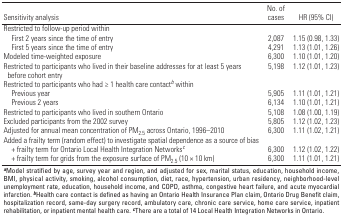
| Sensitivity analysis | No. of cases | HR (95% CI) |
 | --- | --- | --- |
 | Restricted to follow-up period within |  |  |
 | First 2 years since the time of entry | 2,087 | 1.15 (0.98, 1.33) |
 | First 5 years since the time of entry | 4,291 | 1.13 (1.01, 1.26) |
 | Modeled time-weighted exposure | 6,300 | 1.10 (1.01, 1.20) |
 | Restricted to participants who lived in their baseline addresses for at least 5 years before cohort entry | 5,198 | 1.12 (1.01, 1.23) |
 | Restricted to participants who had ≥1 health care contactb within |  |  |
 | Previous year | 5,905 | 1.11 (1.01, 1.21) |
 | Previous 2 years | 6,134 | 1.10 (1.01, 1.21) |
 | Restricted to participants who lived in southern Ontario | 5,108 | 1.08 (1.00, 1.19) |
 | Excluded participants from the 2002 survey | 5,805 | 1.12 (1.02, 1.23) |
 | Adjusted for annual mean concentration of PM2.5 across Ontario, 1996–2010 | 6,300 | 1.11 (1.02, 1.21) |
 | Added a frailty term (random effect) to investigate spatial dependence as a source of bias |  |  |
 | + frailty term for Ontario Local Health Integration Networksc | 6,300 | 1.12 (1.02, 1.22) |
 | + frailty term for grids from the exposure surface of PM2.5 (10×10 km) | 6,300 | 1.11 (1.01, 1.21) |
 | <COLSPAN=3> aModel stratified by age, survey year and region, and adjusted for sex, marital status, education, household income, BMI, physical activity, smoking, alcohol consumption, diet, race, hypertension, urban residency, neighborhood-level unemployment rate, education, household income, and COPD, asthma, congestive heart failure, and acute myocardial infarction. bHealth care contact is defined as having an Ontario Health Insurance Plan claim, Ontario Drug Benefit claim, hospitalization record, same-day surgery record, ambulatory care, chronic care service, home care service, inpatient rehabilitation, or inpatient mental health care. cThere are a total of 14 Local Health Integration Networks in Ontario. |